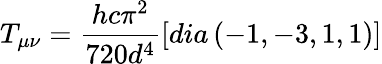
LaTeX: T_{\mu\nu}=\frac{hc\pi^{2}}{720d^{4}}\left[dia\left(-1,-3,1,1\right)\right]